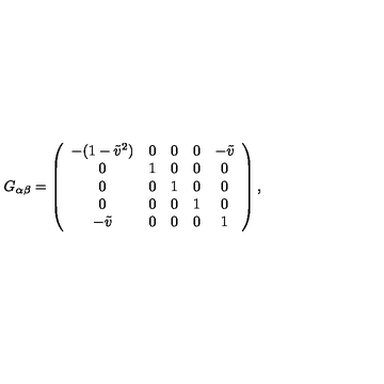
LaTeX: G _ { \alpha \beta } = \left( \begin{array} { c c c c c } { - ( 1 - \tilde { v } ^ { 2 } ) } & { 0 } & { 0 } & { 0 } & { - \tilde { v } } \\ { 0 } & { 1 } & { 0 } & { 0 } & { 0 } \\ { 0 } & { 0 } & { 1 } & { 0 } & { 0 } \\ { 0 } & { 0 } & { 0 } & { 1 } & { 0 } \\ { - \tilde { v } } & { 0 } & { 0 } & { 0 } & { 1 } \\ \end{array} \right) ,